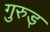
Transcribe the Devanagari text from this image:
गुरुड्